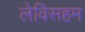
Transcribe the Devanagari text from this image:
लेविसहम